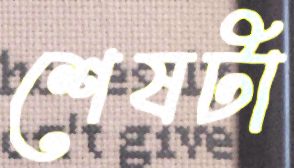
শেষটা